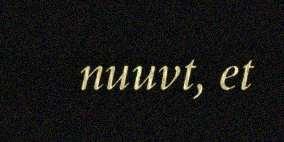
nuuvt, et